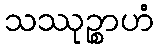
သဿုဉ္စာဟံ